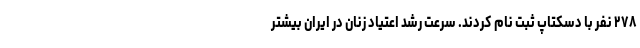
۲۷۸ نفر با دسکتاپ ثبت نام کردند. سرعت رشد اعتیاد زنان در ایران بیشتر